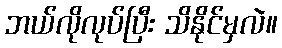
ဘယ်လိုလုပ်ပြီး သိနိုင်မှလဲ။